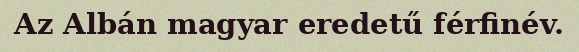
Az Albán magyar eredetű férfinév.